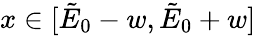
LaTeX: x\in[\tilde{E}_{0}-w,\tilde{E}_{0}+w]